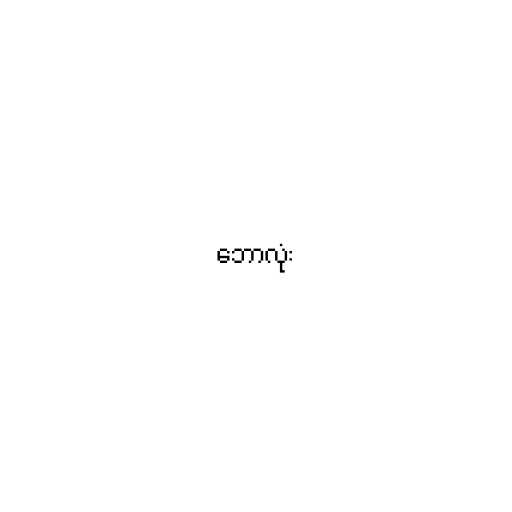
ဘောလုံး